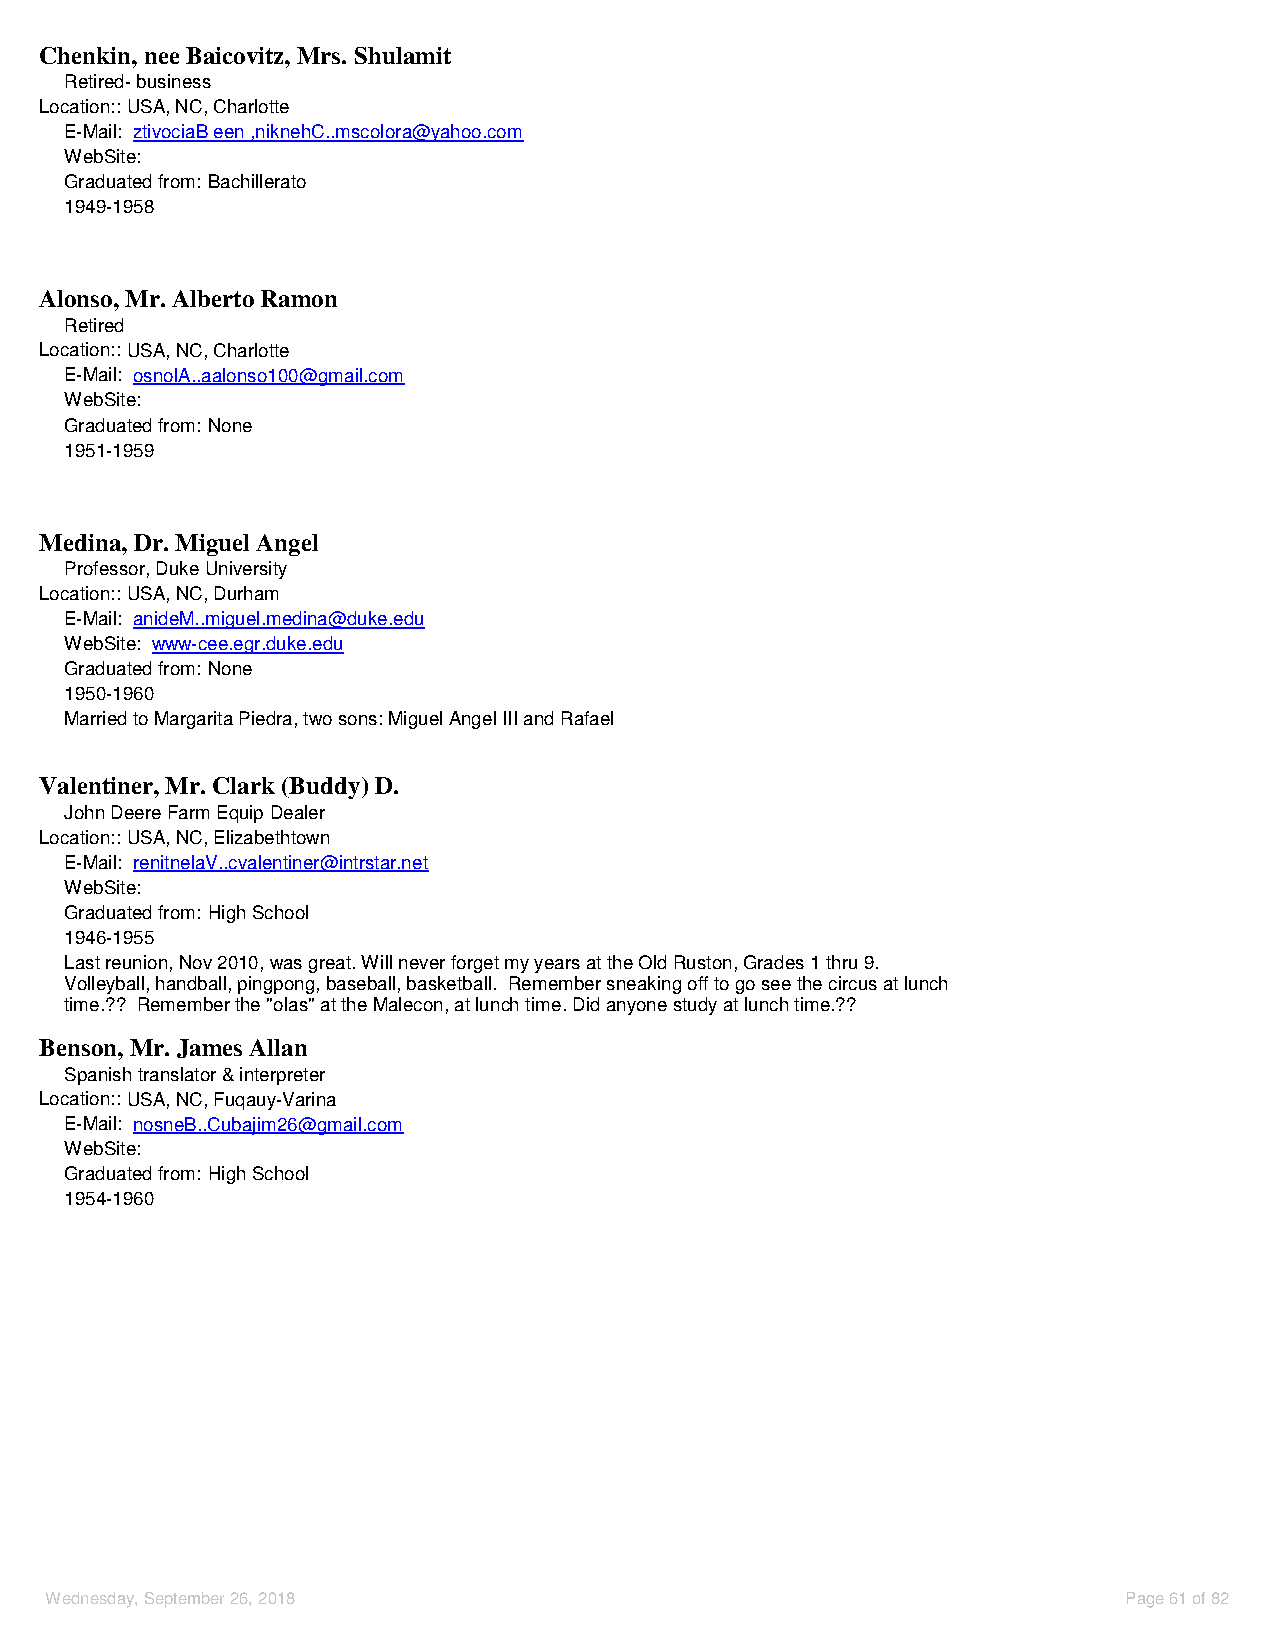
Chenkin, nee Baicovitz, Mrs. Shulamit
 Retired- business
 Location::USA, NC, Charlotte
 E-Mail: ztivociaB een ,niknehC..mscolora@yahoo.com
 WebSite:
 Graduated from: Bachillerato
 1949-1958
 Alonso, Mr. Alberto Ramon
 Retired
 Location::USA, NC, Charlotte
 E-Mail: osnolA..aalonso100@gmail.com
 WebSite:
 Graduated from: None
 1951-1959
 Medina, Dr. Miguel Angel
 Professor, Duke University
 Location::USA, NC, Durham
 E-Mail: anideM..miguel.medina@duke.edu
 WebSite: www-cee.egr.duke.edu
 Graduated from: None
 1950-1960
 Married to Margarita Piedra, two sons: Miguel Angel III and Rafael
 Valentiner, Mr. Clark (Buddy) D.
 John Deere Farm Equip Dealer
 Location::USA, NC, Elizabethtown
 E-Mail: renitnelaV..cvalentiner@intrstar.net
 WebSite:
 Graduated from: High School
 1946-1955
 Last reunion, Nov 2010, was great. Will never forget my years at the Old Ruston, Grades 1 thru 9.
 Volleyball, handball, pingpong, baseball, basketball. Remember sneaking off to go see the circus at lunch
 time.?? Remember the "olas" at the Malecon, at lunch time. Did anyone study at lunch time.??
 Benson, Mr. James Allan
 Spanish translator & interpreter
 Location::USA, NC, Fuqauy-Varina
 E-Mail: nosneB..Cubajim26@gmail.com
 WebSite:
 Graduated from: High School
 1954-1960
 Wednesday, September 26, 2018                                           Page 61 of 82